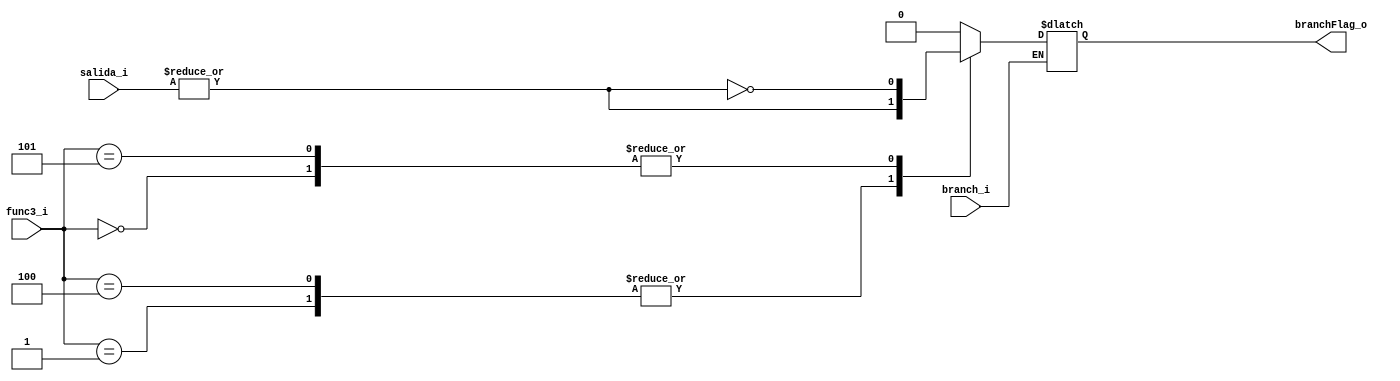
/*
	Grupo:			5CV3
	Proyecto:   	monociclo_FPGA
	Archivo:			flagDetector.v
	Equipo:			Equipo 3
	Integrantes:	Abraham Roman Ramrez
						Andrade Jimnez Jonathan 
						Brenda Vergara Martnez
						Kaleb Yael De La Rosa Gutirrez
						Osmar Alejandro Garcia Jimnez
	Descripcion: 	Este modulo solo hace el desplazamiento necesario para las operaciones
						tipo branch
*/

module flagDetector(
	input					branch_i,
	input		[2:0]		func3_i,
	input 	[31:0]	salida_i,
	output	reg		branchFlag_o
);
	always @(*)
	begin
		if(branch_i)
		begin
			case(func3_i)
				3'b000:  //beq
				begin
					branchFlag_o = ~(|salida_i);
				end
				3'b001:	//bne
				begin
					branchFlag_o = |salida_i;
				end
				3'b100:	//blt
				begin
					branchFlag_o = |salida_i;
				end
				3'b101:	//bge
				begin
					branchFlag_o = ~(|salida_i);
				end
				default:
				begin
					branchFlag_o = 1'b0;
				end
			endcase
		end
	end
endmodule